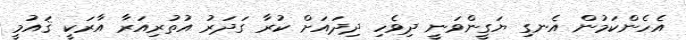
އެހެންކަމުން އެނގި ޔަގީންވަނީ ދިވެހި ދިދައަށް ކުރާ ގަދަރު އުތުރިއަރާ އާރަކީ ޤައުމީ